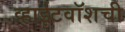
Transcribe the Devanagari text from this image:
व्हाईटवॉशची